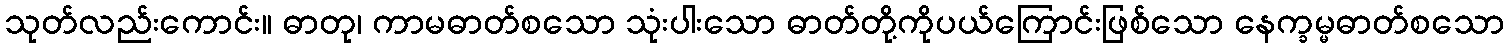
သုတ်လည်းကောင်း။ ဓာတု၊ ကာမဓာတ်စသော သုံးပါးသော ဓာတ်တို့ကိုပယ်ကြောင်းဖြစ်သော နေက္ခမ္မဓာတ်စသော